Report of the Indian Hemp Drugs Commission, 1894-1895 - Volume VIII
Year: 1894
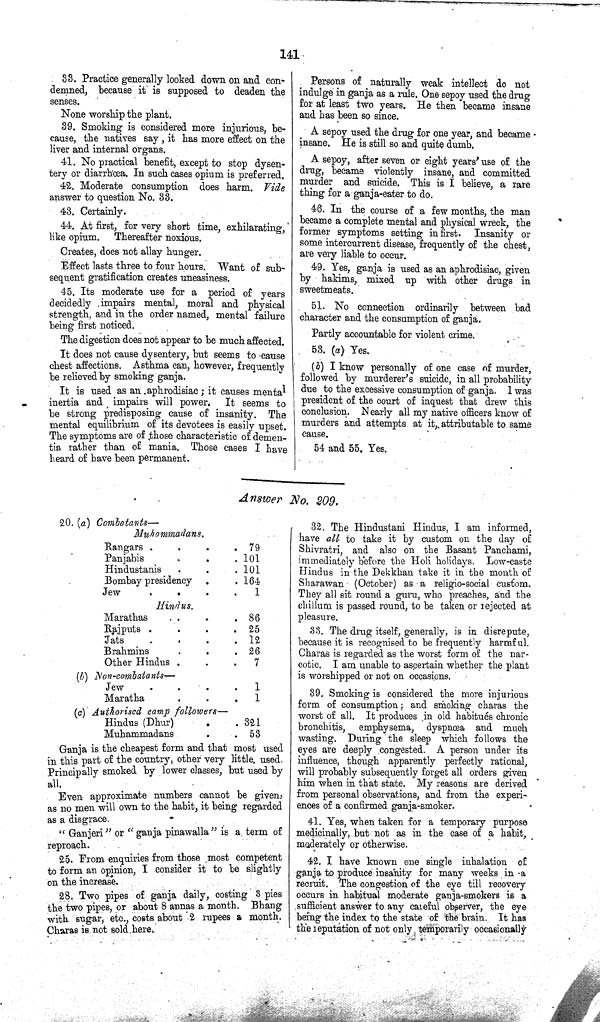
141
33. Practice generally looked down on and con¬
demned, because it is supposed to deaden the
senses.
None worship the plant.
39. Smoking is considered more injurious, be¬
cause, the natives say, it has more effect on the
liver and internal organs.
41. No practical benefit, except to stop dysen¬
tery or diarrhœa. In such cases opium is preferred.
42. Moderate consumption does harm. Vide
answer to question No. 33.
43. Certainly.
44. At first, for very short time, exhilarating,
like opium. Thereafter noxious.
Creates, does not allay hunger.
Effect lasts three to four hours. Want of sub¬
sequent gratification creates uneasiness.
45. Its moderate use for a period of years
decidedly impairs mental, moral and physical
strength, and in the order named, mental failure
being first noticed.
The digestion does not appear to be much affected.
It does not cause dysentery, but seems to cause
chest affections. Asthma can, however, frequently
be relieved by smoking ganja.
It is used as an aphrodisiac; it causes mental
inertia and impairs will power. It seems to
be strong predisposing cause of insanity. The
mental equilibrium of its devotees is easily upset.
The symptoms are of those characteristic of demen¬
tia rather than of mania. Those cases I have
heard of have been permanent.
Persons of naturally weak intellect do not
indulge in ganja as a rule. One sepoy used the drug
for at least two years. He then became insane
and has been so since.
A sepoy used the drug for one year, and became
insane. He is still so and quite dumb.
A sepoy, after seven or eight years' use of the
drug, became violently insane, and committed
murder and suicide. This is I believe, a rare
thing for a ganja-eater to do.
46. In the course of a few months, the man
became a complete mental and physical wreck, the
former symptoms setting in first. Insanity or
some intercurrent disease, frequently of the chest,
are very liable to occur.
49. Yes, ganja is used as an aphrodisiac, given
by hakims, mixed up with other drugs in
sweetmeats.
51. No connection ordinarily between bad
character and the consumption of ganja.
Partly accountable for violent crime.
53. (a) Yes.
(b) I know personally of one case of murder,
followed by murderer's suicide, in all probability
due to the excessive consumption of ganja. 1 was
president of the court of inquest that drew this
conclusion. Nearly all my native officers know of
murders and attempts at it, attributable to same
cause.
54 and 55. Yes.
Answer No. 209.
20. (a) Combatants—
Muhommadans.
Rangars
79
Panjabis
101
Hindustanis
101
Bombay presidency
164
Jew
1
Hindus.
Marathas
86
Rajputs
25
Jats
12
Brahmins
26
Other Hindus
7
(b) Non-combatants—
Jew
1
Maratha
1
(c) Authorised camp followers—
Hindus (Dhur)
321
Muhammadans
53
Ganja is the cheapest form and that most used
in this part of the country, other very little used.
Principally smoked by lower classes, but used by
all.
Even approximate numbers cannot be given,
as no men will own to the habit, it being regarded
as a disgrace.
"Ganjeri" or "ganja pinawalla" is a term of
reproach.
25. From enquiries from those most competent
to form an opinion, I consider it to be slightly
on the increase.
28. Two pipes of ganja daily, costing 3 pies
the two pipes, or about 8 annas a month. Bhang
with sugar, etc., costs about 2 rupees a month.
Charas is not sold here.
32. The Hindustani Hindus, I am informed,
have all to take it by custom on the day of
Shivratri, and also on the Basant Panchami,
immediately before the Holi holidays. Low-caste
Hindus in the Dekkhan take it in the month of
Sharawan (October) as a religio-social custom.
They all sit round a guru, who preaches, and the
chillum is passed round, to be taken or rejected at
pleasure.
33. The drug itself, generally, is in disrepute,
because it is recognised to be frequently harmful.
Charas is regarded as the worst form of the nar¬
cotic. I am unable to ascertain whether the plant
is worshipped or not on occasions.
39. Smoking is considered the more injurious
form of consumption; and smoking charas the
worst of all. It produces in old habitués chronic
bronchitis, emphysema, dyspnœa and much
wasting. During the sleep which follows the
eyes are deeply congested. A person under its
influence, though apparently perfectly rational,
will probably subsequently forget all orders given
him when in that state. My reasons are derived
from personal observations, and from the experi¬
ences of a confirmed ganja-smoker.
41. Yes, when taken for a temporary purpose
medicinally, but not as in the case of a habit,
moderately or otherwise.
42. I have known one single inhalation of
ganja to produce insanity for many weeks in a
recruit. The congestion of the eye till recovery
occurs in habitual moderate ganja-smokers is a
sufficient answer to any careful observer, the eye
being the index to the state of the brain. It has
the reputation of not only temporarily occasionally